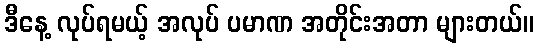
ဒီနေ့ လုပ်ရမယ့် အလုပ် ပမာဏ အတိုင်းအတာ များတယ်။